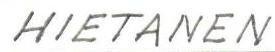
HIETANEN